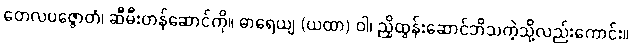
တေလပဇ္ဇောတံ၊ ဆီမီးတန်ဆောင်ကို။ ဓာရေယျ (ယထာ) ဝါ၊ ညှိထွန်းဆောင်ဘိသကဲ့သို့လည်းကောင်း။